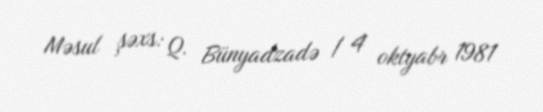
Məsul şəxs: Q. Bünyadzadə / 4 oktyabr 1981